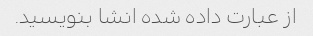
از عبارت داده شده انشا بنویسید.